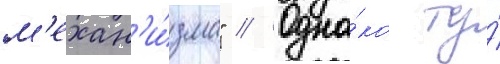
м'ехан'и́зма" // Одна́ко ту́